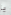
يا